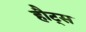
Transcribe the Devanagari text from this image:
हौट्स